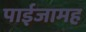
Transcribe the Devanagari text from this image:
पाईजामह